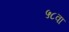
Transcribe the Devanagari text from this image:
५८वा